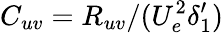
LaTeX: C_{uv}=R_{uv}/(U_{e}^{2}\delta_{1}^{\prime})